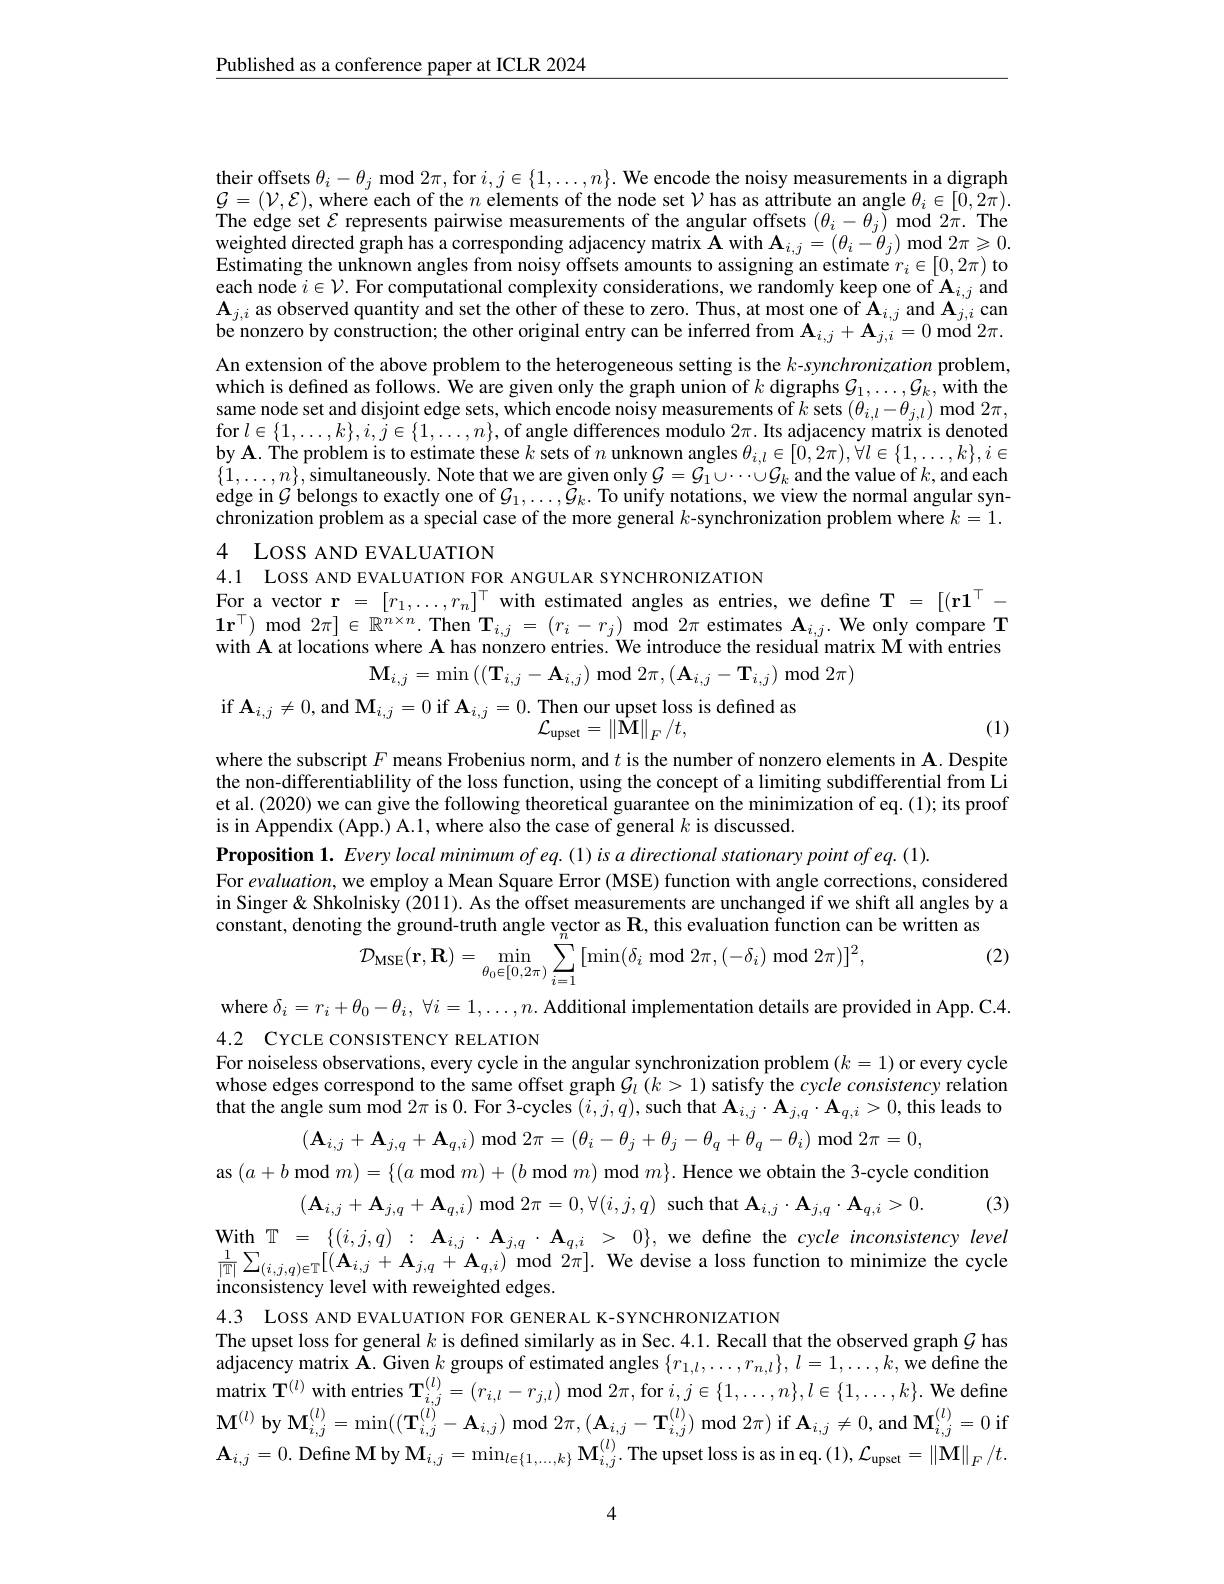
$\underline{\text{Published as a conference paper at ICLR 2024}}$

their offsets $\theta_i-\theta_j$ mod $2\pi$, for $i,j\in\{1,\ldots,n\}.$ We encode the noisy measurements in a digraph $\mathcal{G}=(\mathcal{V},\mathcal{E})$, where each of the $n$ elements of the node set $\mathcal{V}$ has as attribute an angle $\theta_i\in[0,2\pi).$ The edge set $\mathcal{E}$ represents pairwise measurements of the angular offsets $(\theta_i-\theta_j)$ mod $2\pi.$ The weighted directed graph has a corresponding adjacency matrix $\mathbf{A}$ with $\mathbf{A}_i,j=(\theta_i-\dot{\theta}_j)$ mod $2\pi\geqslant0.$ Estimating the unknown angles from noisy offsets amounts to assigning an estimate $r_i\in[0,2\pi)$ to each node $i\in \mathcal{V} .$ For computational complexity considerations, we randomly keep one of $\mathbf{A} _{i, j}$ and $\mathbf{A} _{j, i}\text{ as observed quantity and set the other of these to zero. Thus, at most one of A}_{i, j}$ and $\mathbf{A} _{j, i}$ can $\mathbf{A} _{j, i}$ as observed be nonzero by construction; the other original entry can be inferred from $\mathbf{A}_{i,j}+\mathbf{A}_{j,i}=0$ mod $2\pi.$ An extension of the above problem to the heterogeneous setting is the $k$-synchronization problem, which is defined as follows. We are given only the graph union of $k$ digraphs $\mathcal{G}_1,\ldots,\mathcal{G}_k$,with the same node set and disjoint edge sets, which encode noisy measurements of $k$ sets $(\theta_i,l-\theta_{j,l})$ mod $2\pi$, for $l\in\{1,\ldots,k\},i,j\in\{1,\ldots,n\}$,of angle differences modulo $2\pi.$ Its adjacency matrix is denoted by A. The problem is to estimate these $k$ sets of $n$ unknown angles $\theta_i,l\in[0,2\pi),\forall l\in\{1,\ldots,k\},i\in$ $\{\tilde{1},\ldots,n\}$,simultaneously. Note that we are given only $\mathcal{G}=\mathcal{G}_1\cup\cdots\cup\mathcal{G}_k$ and the value of $k$,and each edge in $G$ belongs to exactly one of $\mathcal{G}_1,\ldots,\tilde{\mathcal{G}}_k.$ To unify notations, we view the normal angular synchronization problem as a special case of the more general $k$-synchronization problem where $k=1.$

4 LOSS AND EVALUATION

4.1 LOSS AND EVALUATION FOR ANGULAR SYNCHRONIZATION
For a vector $\mathbf{r}=[r_1,\ldots,r_n]^\top$ with estimated angles as entries, we define $\mathbf{T}=[(\mathbf{r}\mathbf{1}^\top-\mathbf{1})^\top$ $\mathbf{1}\mathbf{r}^\top)$ mod $2\pi]\in\mathbb{R}^n\times n.\textbf{Then T}_{i,j}=(r_i-r_j)$ mod $2\pi$ estimates $\mathbf{A}_i,j.$ We only compare T with $\vec{\mathbf{A}}$ at locations where $\mathbf{A}$ has nonzero entries. We introduce the residual matrix M with entries
$$\mathbf{M}_{i,j}=\operatorname*{min}\left(\left(\mathbf{T}_{i,j}-\mathbf{A}_{i,j}\right)\mathrm{~mod~}2\pi,\left(\mathbf{A}_{i,j}-\mathbf{T}_{i,j}\right)\mathrm{~r}\right.$$
$\mod2\pi)$

if $\mathbf{A}_{i,j}\neq0$,and M$_i,j=0$ if $\mathbf{A}_i,j=0.$ Then our

loss is defined as
$$\mathcal{L}_{\mathrm{upset}}=\left\|\mathbf{M}\right\|_{F}/t,$$
(1)

where the subscript $F$ means Frobenius norm, and $t$ is the number of nonzero elements in $\mathbf{A}.$ Despite the non-differentiablility of the loss function, using the concept of a limiting subdifferential from Li et al. (2020) we can give the following theoretical guarantee on the minimization of eq. (1); its proof is in Appendix (App.) A.1, where also the case of general $k$ is discussed.
Proposition 1. Every local minimum of eq. (1) is a directional stationary point of eq. (1).
For evaluation, we employ a Mean Square Error (MSE) function with angle corrections, considered in Singer& Shkolnisky (2011). As the offset measurements are unchanged if we shift all angles by a
as $\mathbf{R}$, this evaluation function can be written as
constant, denoting the ground-truth
$$\begin{aligned}&\text{g unc ground u uun angic vector ass, uns cvardation rancuon can}\\&\mathcal{D}_{\mathrm{MSE}}(\mathbf{r},\mathbf{R})=\operatorname*{min}_{\theta_{0}\in[0,2\pi)}\sum_{i=1}[\operatorname*{min}(\delta_{i}\mathrm{~mod~}2\pi,(-\delta_{i})\mathrm{~mod~}2\pi)]^{2},\end{aligned}$$
(2)

where $\delta _i= r_i+ \theta _0- \theta _i$, $\forall i= 1, \ldots , n.$ Additional implementation details are provided in App. C.4.
4.2 CYCLE CONSISTENCY RELATION
For noiseless observations, every cycle in the angular synchronization problem $(k=1)$ or every cycle whose edges correspond to the same offset graph $G_{\iota}\left(k>1\right)$ satisfy the $cycle\textit{consistency relation}$ that the angle sum mod $2\pi$ is 0. For 3-cycles $(i,j,q)$, such that $\mathbf{A}_i,j\cdot\mathbf{A}_{j,q}\cdot\mathbf{A}_{q,i}>0$, this leads to
$$(\mathbf{A}_{i,j}+\mathbf{A}_{j,q}+\mathbf{A}_{q,i})\bmod2\pi=(\theta_i-\theta_j+\theta_j-\theta_q+\theta_q-\theta_i)\text{r}$$
$2\pi=0$,
as $( a+ b\textbf{mod}m) = \{ ( a\textbf{mod}m) + ( b\textbf{mod}m)$mod$m\} .$ Hence we obtain the 3-cycle condition
$(\mathbf{A}_{i,j}+\mathbf{A}_{j,q}+\mathbf{A}_{q,i})$ mod $2\pi=0,\forall(i,j,q)$ such that $\mathbf{A} _i, j\cdot \mathbf{A} _{j, q}\cdot \mathbf{A} _{q, i}> 0.$ $( 3, j)$
$\begin{array}{rcl}\mathbf{With}&\mathbb{T}&=&\{(i,j,q)&:&\mathbf{A}_{i,j}\cdot\mathbf{A}_{j,q}\cdot\mathbf{A}_{q,i}&>&0\},&\text{we define the cycle inconsistency level}\\&\text{With}&\mathbb{T}&=&\{(i,j,q)&:&\mathbf{A}_{i,j}\cdot\mathbf{A}_{j,q}\cdot\mathbf{A}_{q,i}&>&0\},&\text{we define the cycle inconsistency Ievel}\\&\text{werististististency ististency ististe}\end{array}$ $\frac 1{| \mathbb{T} | }\sum _{( i, j, q) \in \mathbb{T} }[ ( \mathbf{A} _{i, j}+ \mathbf{A} _{j, q}+ \mathbf{A} _{q, i})$ mod $2\pi ] .$ We devise a loss function to minimize the cycle inconsistency level with reweighted edges. 4.3 LOSS AND EVALUATION FOR GENERAL K-SYNCHRONIZATION

The upset loss for general $k$ is defined similarly as in Sec. 4.1. Recall that the observed graph $\mathcal{G}$ has adjacency matrix $\mathbf{A}.$ Given $k$ groups of estimated angles $\{r_{1,l},\ldots,r_{n,l}\},l=1,\ldots,k$, we define the matrix T$^{(l)}$ with entries $\mathbf{T}_{i,j}^{(l)}=(r_{i,l}-r_{j,l})$ mod $2\pi$, for $i,j\in\{1,\ldots,n\},l\in\{1,\ldots,k\}.$ We define $\mathbf{M}^{(l)}$ by $\mathbf{M}_i,j^{(l)}=\min((\mathbf{T}_{i,j}^{(l)}-\mathbf{A}_{i,j})$ mod $2\pi,(\mathbf{A}_{i,j}-\mathbf{T}_{i,j}^{(l)})$ mod $2\pi)$ if $\mathbf{A}_i,j\neq0$, and $\mathbf{M}_i,j^{(l)}=0$ if $\mathbf{A}_{i,j}=0.$ Define M by $\mathbf{M}_{i,j}=\min_{l\in\{1,\ldots,k\}}\mathbf{M}_{i,j}^{(l)}.$The upset loss is as in eq.$( 1) , \mathcal{L} _{\mathrm{upset}}= \| \mathbf{M} \| _F/ t.$

4